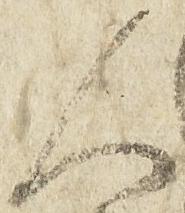
人